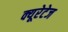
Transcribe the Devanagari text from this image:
क्यूरेटेज